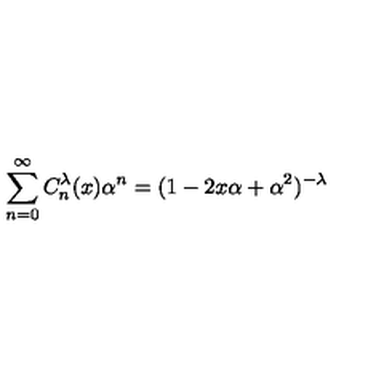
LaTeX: \sum _ { n = 0 } ^ { \infty } C _ { n } ^ { \lambda } ( x ) \alpha ^ { n } = ( 1 - 2 x \alpha + \alpha ^ { 2 } ) ^ { - \lambda }